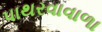
પાથરવાવાળા